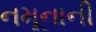
નમૂનાની